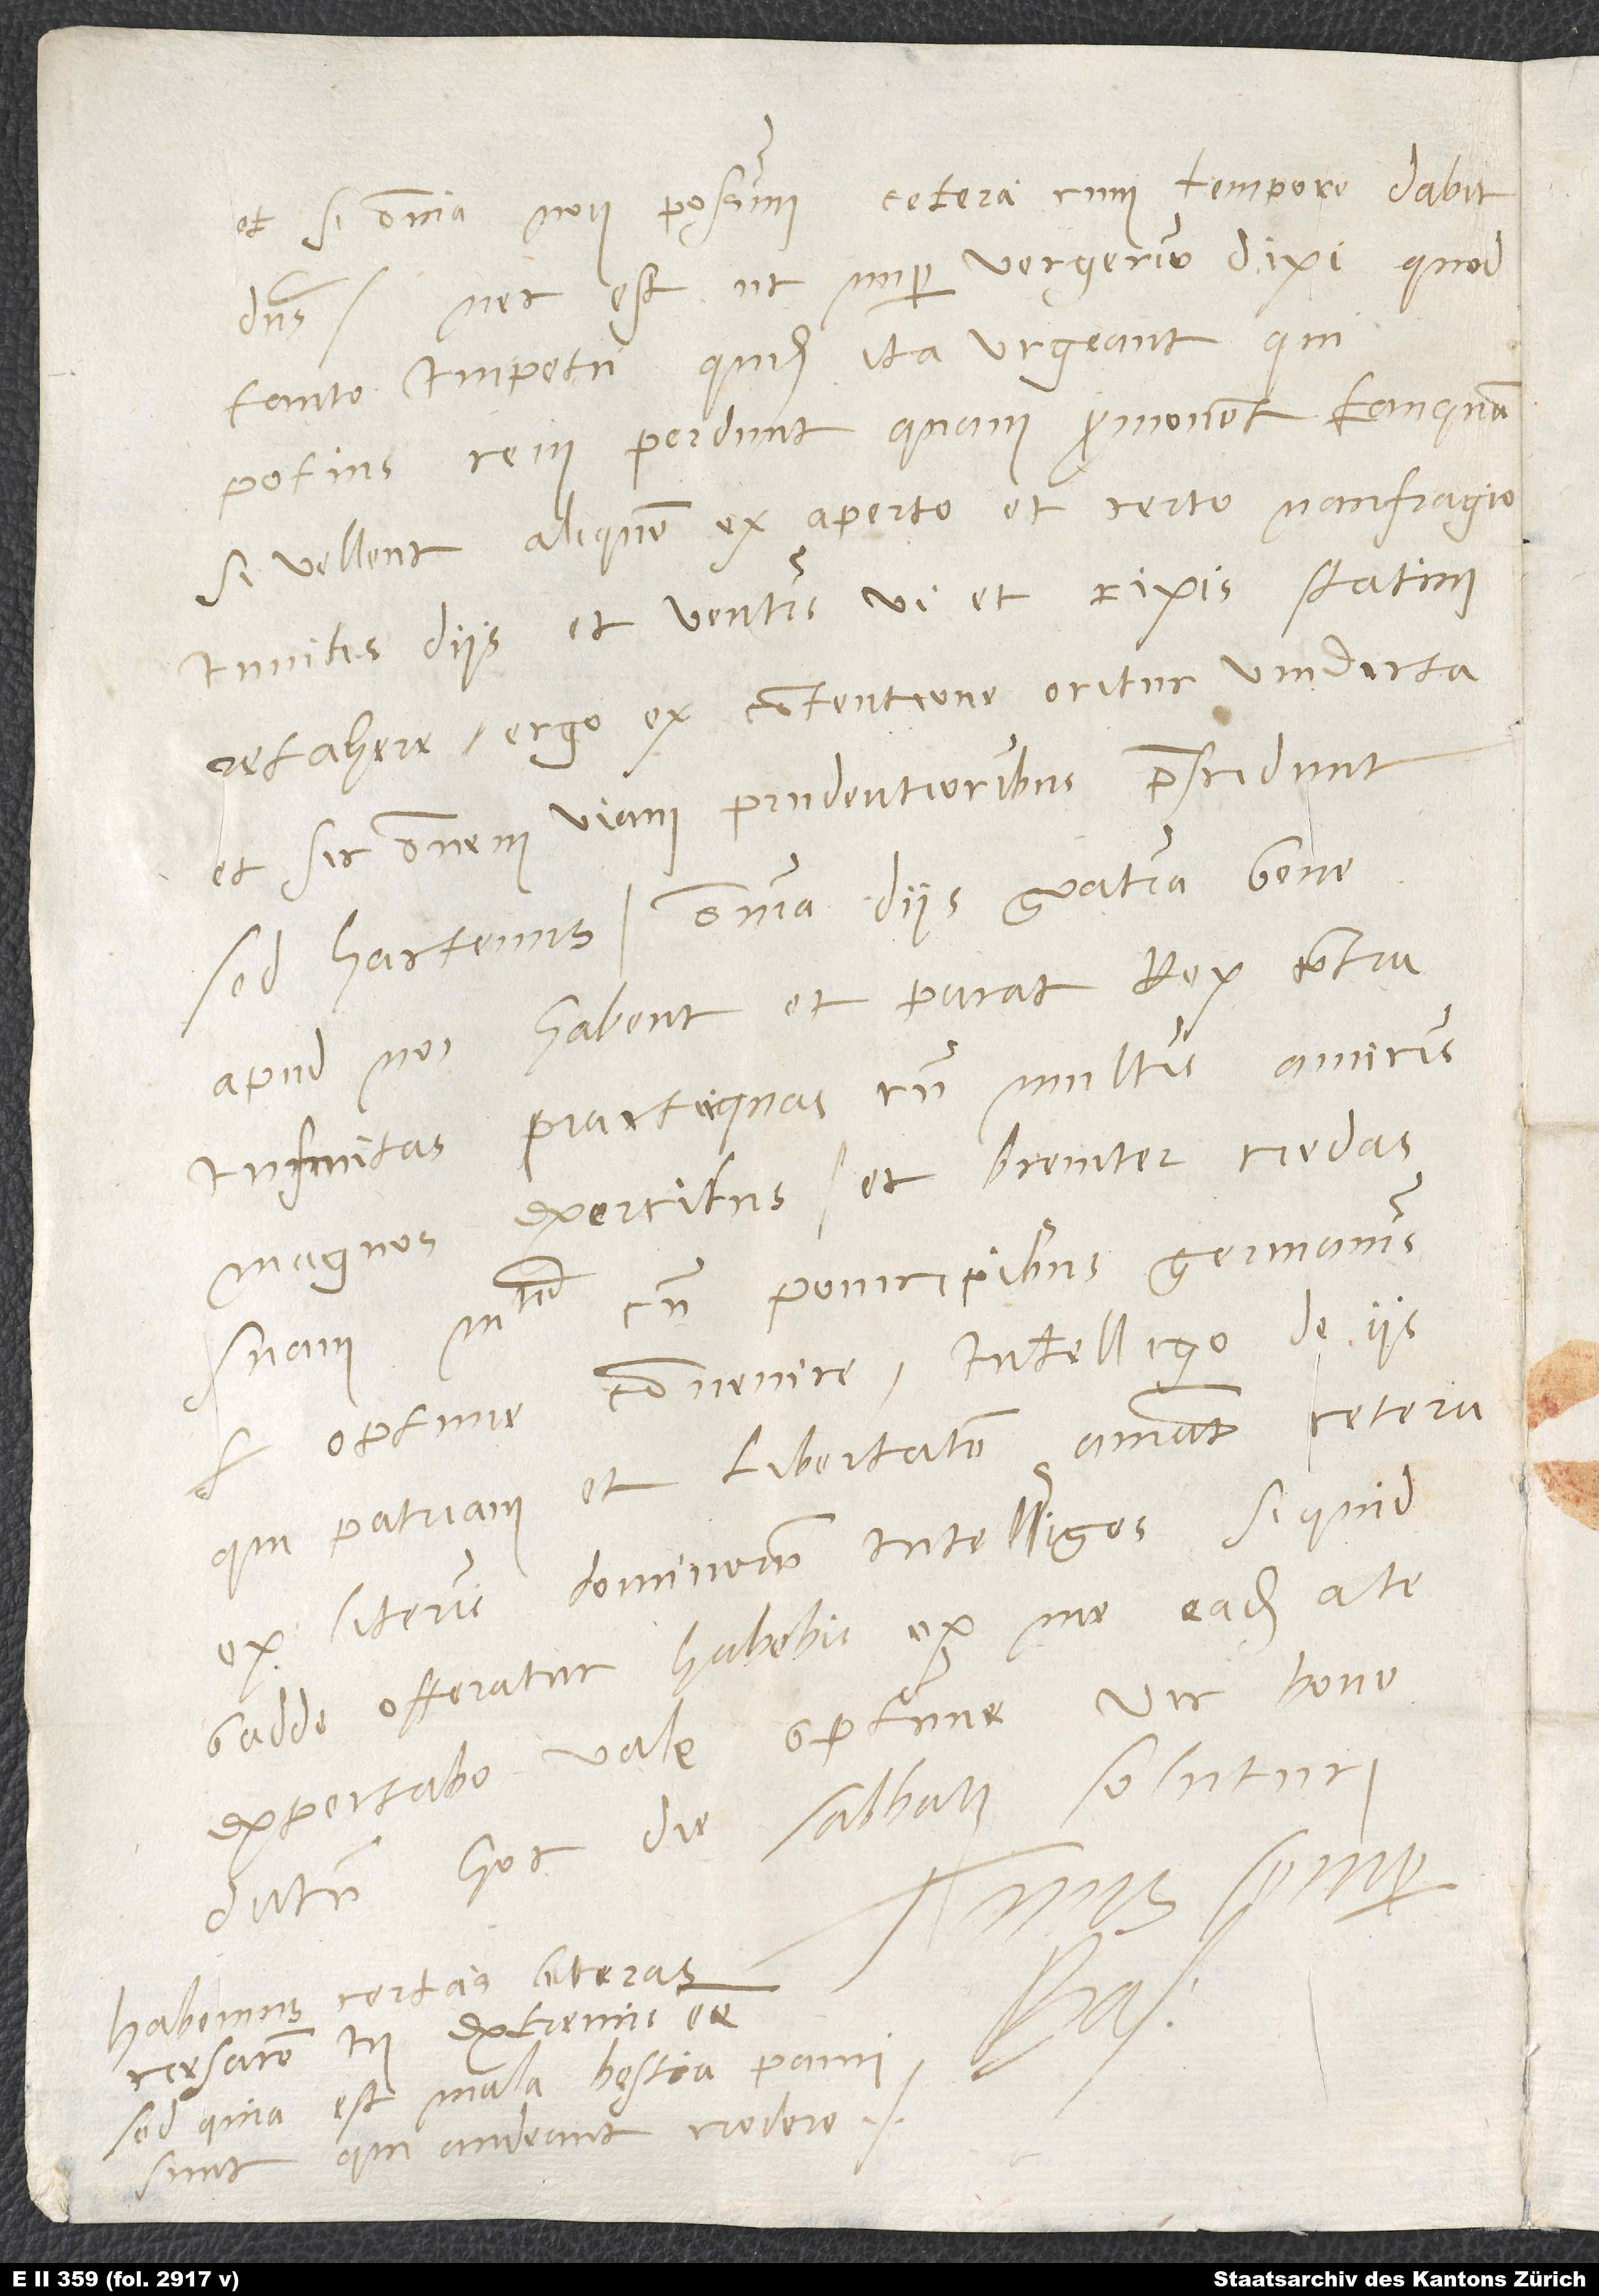
omnia non possim, cetera cum tempore dabit
et si
dominus. Nec est, ut nuper Vergerio dixi, quod
potius rem perdunt quam promovent, tanquam
si vellent aliquem ex aperto et certo naufragio
invitis diis et ventis vi et rixis statim
et sic omnem viam prudentioribus praescindunt.
Sed hactenus. Omnia, diis gratia, bene
apud nos habent, et parat rex contra
infinitas practiquas cum multis amicis
magnos exercitus, et breviter credas
optime convenire; intelligo de iis,
qui patriam et libertatem amant. Cetera/um
gadde offeratur, habebis ex me; eadem a te
expectabo. Vale optime, vir bone.
hoc die sabbati Soluturi.
Habemus certas literas
sed quia est mala bestia, pauci
qui audent credere.